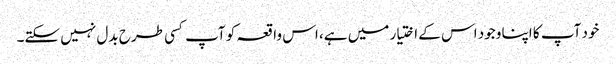
خود آپ کا اپنا وجود اس کے اختیار میں ہے، اس واقعہ کو آپ کسی طرح بدل نہیں سکتے۔